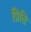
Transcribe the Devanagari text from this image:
प्रिति